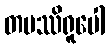
တပဿိရူပေါ